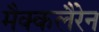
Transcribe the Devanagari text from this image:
मैक्कलैरेन